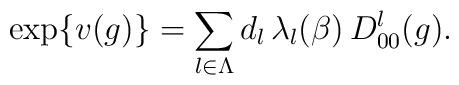
\exp\{v(g)\}=\sum_{l\in\Lambda }d_{l}\,\lambda _{l}(\beta )\,D^l_{00}(g).